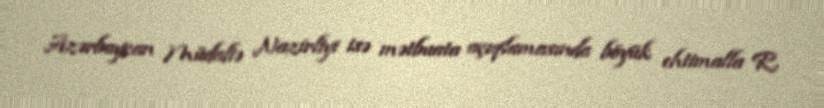
Azərbaycan Müdafiə Nazirliyi isə mətbuata açıqlamasında böyük ehtimalla R.